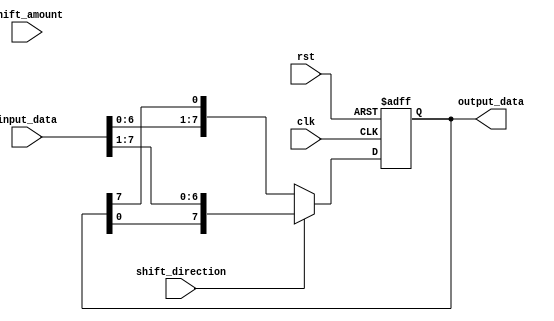
module BarrelShifter (
    input wire clk,
    input wire rst,
    input wire [1:0] shift_amount,
    input wire shift_direction,
    input wire[7:0] input_data,
    output wire[7:0] output_data
);

reg [7:0] shift_reg;

always @(posedge clk or posedge rst) begin
    if (rst) begin
        shift_reg <= 8'b0;
    end else begin
        if (shift_direction) begin // Right shift
            shift_reg <= {shift_reg[0], input_data[7:1]};
        end else begin // Left shift
            shift_reg <= {input_data[6:0], shift_reg[7]};
        end
    end
end

assign output_data = shift_reg;

endmodule